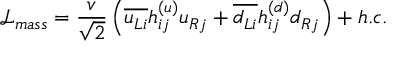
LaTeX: \mathcal { L _ { \mathnormal { m a s s } } } \mathnormal = \frac { v } { \sqrt { 2 } } \left( \overline { { { u _ { L i } } } } h _ { i j } ^ { ( u ) } u _ { R j } + \overline { { { d _ { L i } } } } h _ { i j } ^ { ( d ) } d _ { R j } \right) + h . c .